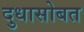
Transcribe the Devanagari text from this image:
दुधासोबत